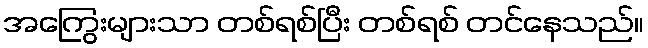
အကြွေးများသာ တစ်ရစ်ပြီး တစ်ရစ် တင်နေသည်။